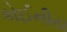
કોઈનીય